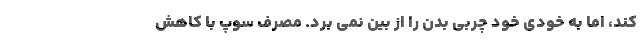
کند، اما به خودی خود چربی بدن را از بین نمی برد. مصرف سوپ با کاهش